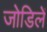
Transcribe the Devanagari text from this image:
जोडिलें